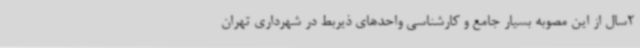
2سال از این مصوبه بسیار جامع و کارشناسی واحدهای ذیربط در شهرداری تهران